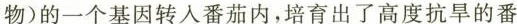
物)的一个基因转入番茄内，培育出了高度抗旱的番